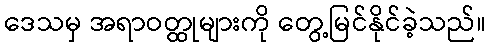
ဒေသမှ အရာဝတ္ထုများကို တွေ့မြင်နိုင်ခဲ့သည်။